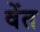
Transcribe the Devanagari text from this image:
वेंत